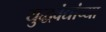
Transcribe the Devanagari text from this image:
युद्धवंद्यांच्या